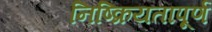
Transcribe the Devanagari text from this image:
निष्क्रियतापूर्ण